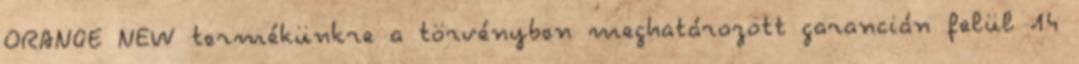
ORANGE NEW termékünkre a törvényben meghatározott garancián felül 14